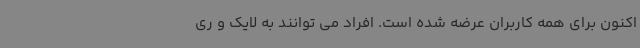
اکنون برای همه کاربران عرضه شده است. افراد می توانند به لایک و ری